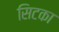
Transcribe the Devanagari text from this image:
सिटका